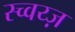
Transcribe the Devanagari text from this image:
स्च्वय्ज़